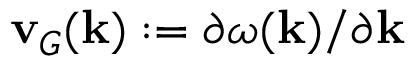
{ \mathbf { v } } _ { G } ( { \mathbf { k } } ) : = \partial \omega ( { \mathbf { k } } ) / \partial { \mathbf { k } }